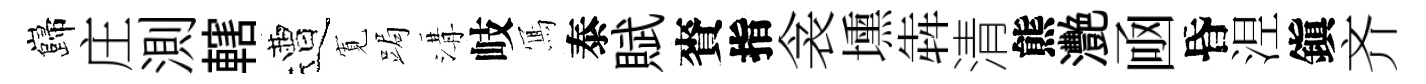
巋庄測轄遭𡩖跼溝岐𭂁泰賦賚指衾壎犇清熊灧凾昏𣵀鎭齐